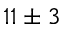
1 1 \pm 3